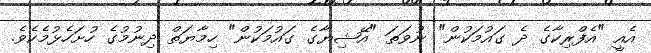
އެއީ "އެފްރިކާގެ ދެ ގައުމަކުން" ނުވަތަ "އޭޝިޔާގެ ގައުމަކުން" ހިމާޔަތް ދިނުމުގެ ހުށަހެޅުމެކެވެ.